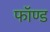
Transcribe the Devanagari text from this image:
फॉण्ड